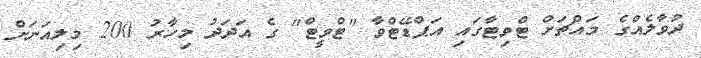
ދުވާލެއްގެ މައްޗަށް ޓްވިޓާގައި އަޕްޑޭޓްވާ "ޓްވީޓް" ގެ އަދަދު މިހާރު 200 މިލިއަނަށް